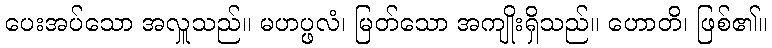
ပေးအပ်သော အလှူသည်။ မဟပ္ဖလံ၊ မြတ်သော အကျိုးရှိသည်။ ဟောတိ၊ ဖြစ်၏။